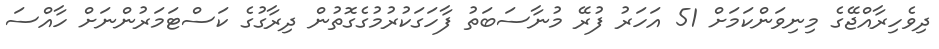
ދިވެހިރާއްޖޭގެ މިނިވަންކަމަށް 51 އަހަރު ފުރޭ މުނާސަބަތު ފާހަގަކުރުމުގެގޮތުން ދިރާގުގެ ކަސްޓަމަރުންނަށް ހާއްސަ